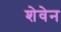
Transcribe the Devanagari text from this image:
शेवेन